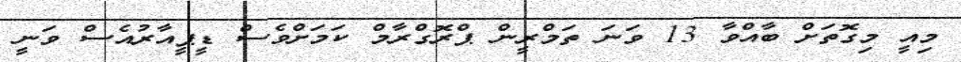
މިއީ މިގޮތަށް ބާއްވާ 13 ވަނަ ތަމްރީން ޕްރޮގްރާމް ކަމަށްވެސް ޑީޕީއާރުއެސް ވަނީ